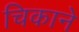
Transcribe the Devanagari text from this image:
चिकाने